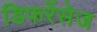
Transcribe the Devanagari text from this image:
डिफरेंसेज